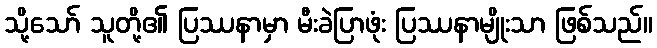
သို့သော် သူတို့၏ ပြဿနာမှာ မီးခဲပြာဖုံး ပြဿနာမျိုးသာ ဖြစ်သည်။